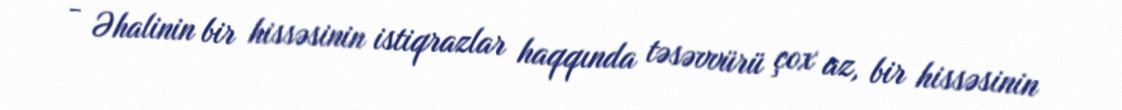
- Əhalinin bir hissəsinin istiqrazlar haqqında təsəvvürü çox az, bir hissəsinin